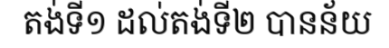
តង់ទី១ ដល់តង់ទី២ បានន័យ